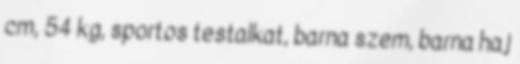
cm, 54 kg, sportos testalkat, barna szem, barna haj